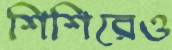
শিশিরেও